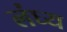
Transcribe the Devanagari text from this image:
लंघ्य